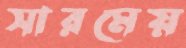
সারমেয়